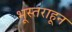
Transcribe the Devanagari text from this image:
भूस्तराहून